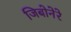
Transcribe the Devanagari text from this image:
जिबोनेरे